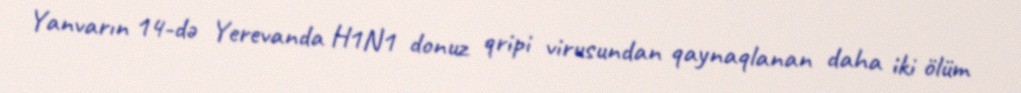
Yanvarın 14-də Yerevanda H1N1 donuz qripi virusundan qaynaqlanan daha iki ölüm